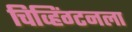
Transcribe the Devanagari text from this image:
चिव्हिंग्टनला